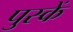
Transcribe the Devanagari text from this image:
पुस्कें